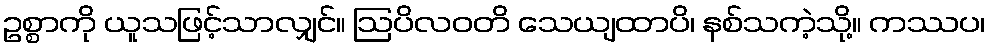
ဥစ္စာကို ယူသဖြင့်သာလျှင်။ ဩပိလဝတိ သေယျထာပိ၊ နစ်သကဲ့သို့။ ကဿပ၊